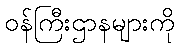
ဝန်ကြီးဌာနများကို